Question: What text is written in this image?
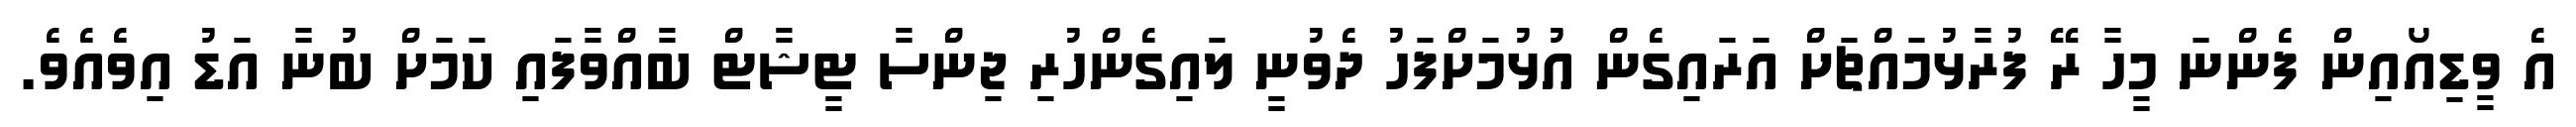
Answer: އެ ވީޑިއޯއިން ފެންނަ މީހާ ރޭ ފުރާޅުމައްޗަށް އަރައިގެން އުޅުމަށްފަހު ދެވުނީ ލައިގެންހުރި ޖިންސާ ޓީޝާޓް ބާއްވާފައި ކަމަށް ބުނާ އަޑު އިވެއެވެ.